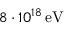
8 \cdot 1 0 ^ { 1 8 } \, \mathrm { e V }